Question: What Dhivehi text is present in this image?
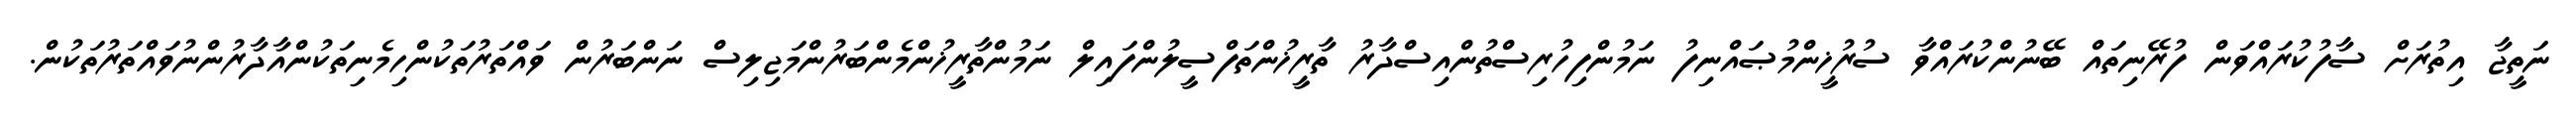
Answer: ނަތީޖާ އިތުރަށް ސާފުކުރައްވަން ފުރޭނިތައް ބޭނުންކުރައްވާ ސުރުޚީންމުޞައްނިފު ނަމުންފިހުރިސްތުންއިސްދާރު ތާރީޚުންތަފްސީލުންފައިލް ނަމުންތާރީޚުންމެންބަރުންމަޖިލިސް ނަންބަރުން ވައްތަރުތަކުންހިމެނިތަކުންއާދާރުންނުވައްތަރުތަކުން.